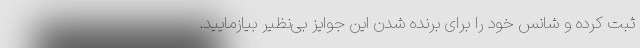
ثبت کرده و شانس خود را برای برنده شدن این جوایز بی‌نظیر بیازمایید.